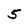
Character: 5